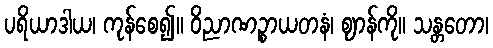
ပရိယာဒါယ၊ ကုန်စေ၍။ ဝိညာဏဉ္စာယတနံ၊ ဈာန်ကို။ သန္တတော၊